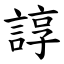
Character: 諄